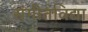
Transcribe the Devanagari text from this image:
संगीतविद्या